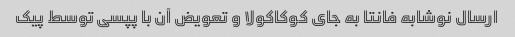
ارسال نوشابه فانتا به جای کوکاکولا و تعویض آن با پپسی توسط پیک